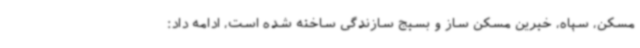
مسکن، سپاه، خیرین مسکن ساز و بسیج سازندگی ساخته شده است، ادامه داد: